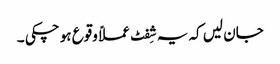
جان لیں کہ یہ شِفٹ عملاً وقوع ہو چکی ۔